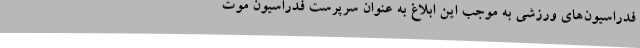
فدراسیون‌های ورزشی به موجب این ابلاغ به عنوان سرپرست فدراسیون موت